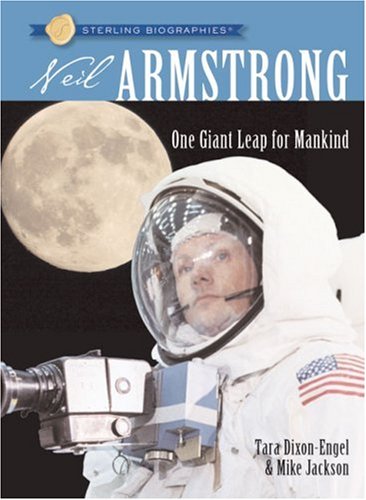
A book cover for Sterling BiographiesÂ®: Neil Armstrong: One Giant Leap for Mankind; Tara Dixon-Engel; Children's Books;